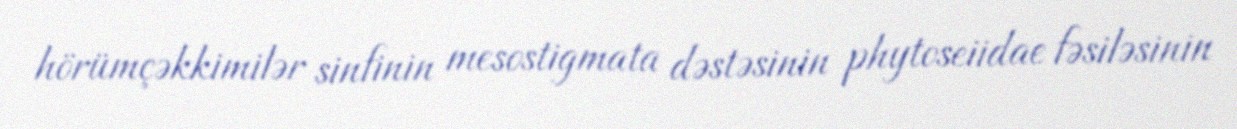
hörümçəkkimilər sinfinin mesostigmata dəstəsinin phytoseiidae fəsiləsinin